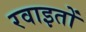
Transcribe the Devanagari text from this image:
रवाइतों